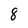
Character: 8